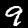
Digit: 9